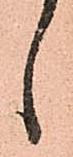
ゝ